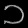
Digit: ၁